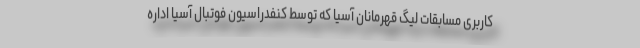
کاربری مسابقات لیگ قهرمانان آسیا که توسط کنفدراسیون فوتبال آسیا اداره